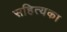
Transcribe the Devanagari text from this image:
सहित्यका